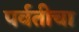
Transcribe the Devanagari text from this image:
पर्वतीचा